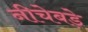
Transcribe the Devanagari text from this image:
नीचेबड़े